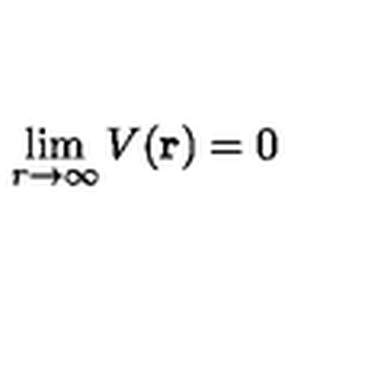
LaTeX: \lim _ { r \rightarrow \infty } V ( { \bf r } ) = 0